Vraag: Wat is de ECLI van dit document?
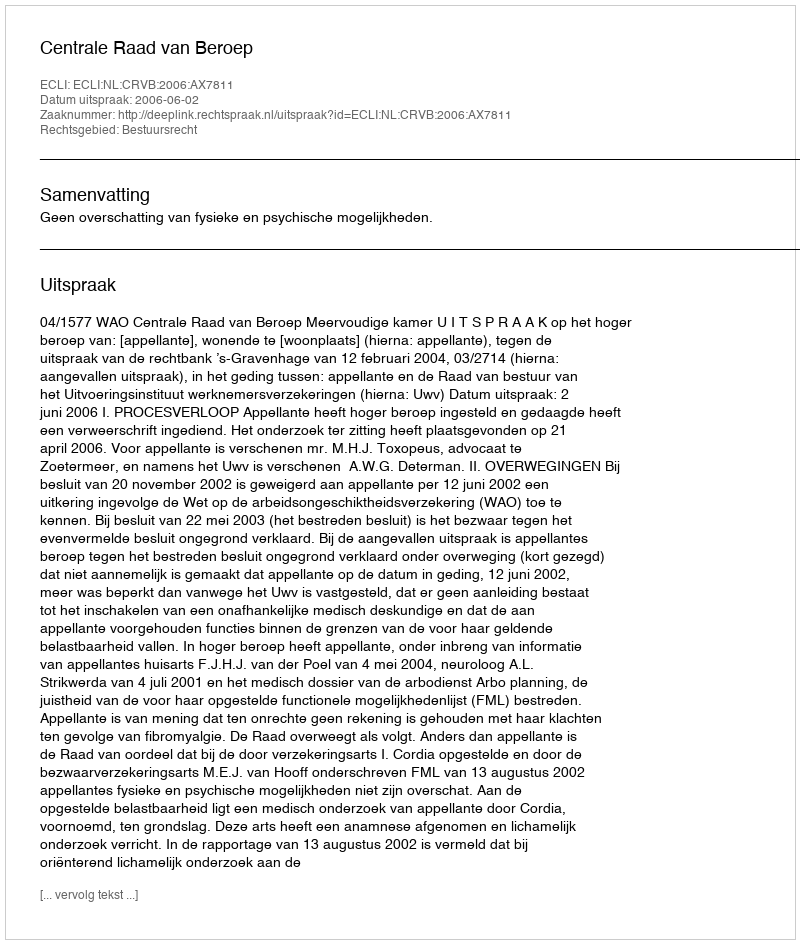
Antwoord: ECLI:NL:CRVB:2006:AX7811